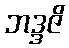
ဘဒ္ဒဇိ